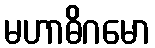
မဟာဓိဂမော